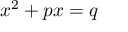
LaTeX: x ^ { 2 } + p x = q